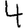
Digit: 4